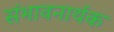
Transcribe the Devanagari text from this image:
संभावनार्थक